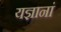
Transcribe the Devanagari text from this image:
यज्ञानां